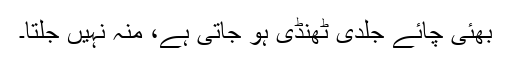
بھئی چائے جلدی ٹھنڈی ہو جاتی ہے، منہ نہیں جلتا۔